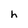
Character: h